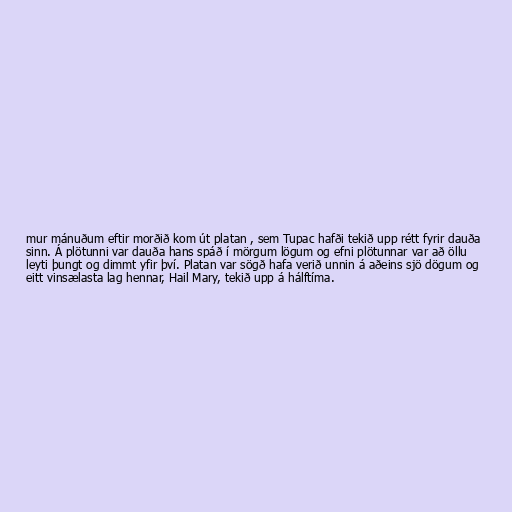
mur mánuðum eftir morðið kom út platan , sem Tupac hafði tekið upp rétt fyrir dauða
sinn. Á plötunni var dauða hans spáð í mörgum lögum og efni plötunnar var að öllu
leyti þungt og dimmt yfir því. Platan var sögð hafa verið unnin á aðeins sjö dögum og
eitt vinsælasta lag hennar, Hail Mary, tekið upp á hálftíma.